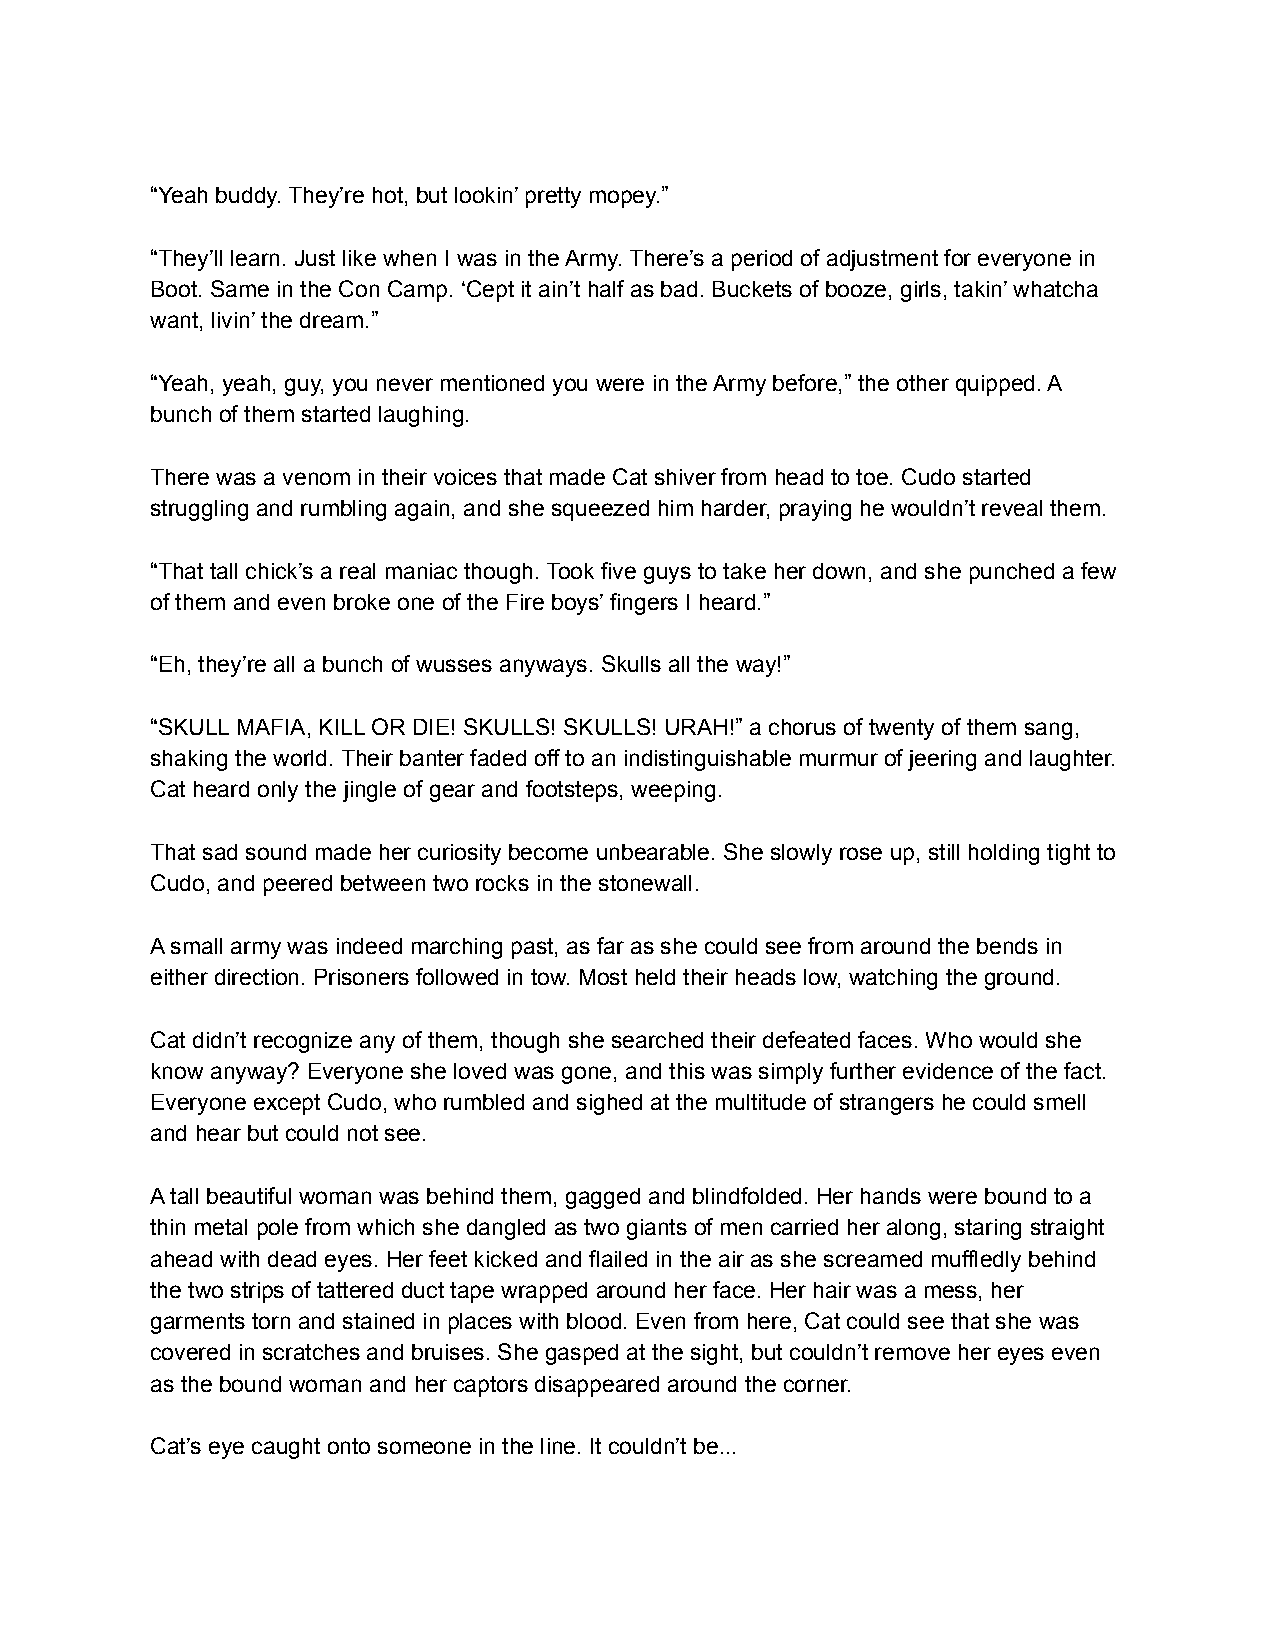
“Yeah buddy. They’re hot, but lookin’ pretty mopey.”
 “They’ll learn. Just like when I was in the Army. There’s a period of adjustment for everyone in
 Boot. Same in the Con Camp. ‘Cept it ain’t half as bad. Buckets of booze, girls, takin’ whatcha
 want, livin’ the dream.”
 “Yeah, yeah, guy, you never mentioned you were in the Army before,” the other quipped. A
 bunch of them started laughing.
 There was a venom in their voices that made Cat shiver from head to toe. Cudo started
 struggling and rumbling again, and she squeezed him harder, praying he wouldn’t reveal them.
 “That tall chick’s a real maniac though. Took five guys to take her down, and she punched a few
 of them and even broke one of the Fire boys’ fingers I heard.”
 “Eh, they’re all a bunch of wusses anyways. Skulls all the way!”
 “SKULL MAFIA, KILL OR DIE! SKULLS! SKULLS! URAH!” a chorus of twenty of them sang,
 shaking the world. Their banter faded off to an indistinguishable murmur of jeering and laughter.
 Cat heard only the jingle of gear and footsteps, weeping.
 That sad sound made her curiosity become unbearable. She slowly rose up, still holding tight to
 Cudo, and peered between two rocks in the stonewall.
 A small army was indeed marching past, as far as she could see from around the bends in
 either direction. Prisoners followed in tow. Most held their heads low, watching the ground.
 Cat didn’t recognize any of them, though she searched their defeated faces. Who would she
 know anyway? Everyone she loved was gone, and this was simply further evidence of the fact.
 Everyone except Cudo, who rumbled and sighed at the multitude of strangers he could smell
 and hear but could not see.
 A tall beautiful woman was behind them, gagged and blindfolded. Her hands were bound to a
 thin metal pole from which she dangled as two giants of men carried her along, staring straight
 ahead with dead eyes. Her feet kicked and flailed in the air as she screamed muffledly behind
 the two strips of tattered duct tape wrapped around her face. Her hair was a mess, her
 garments torn and stained in places with blood. Even from here, Cat could see that she was
 covered in scratches and bruises. She gasped at the sight, but couldn’t remove her eyes even
 as the bound woman and her captors disappeared around the corner.
 Cat’s eye caught onto someone in the line. It couldn’t be...